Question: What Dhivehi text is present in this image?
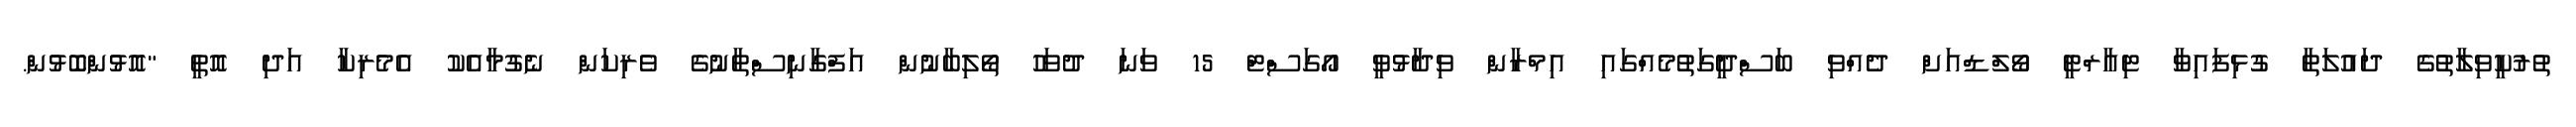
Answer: ތުރުކީވިލާތުގެ ދައުލަތާ ގުޅިފައިވާ ޓިއާރްޓީ ވޯލްޑްއަށް ދެއްވި ބަސްދީގަތުމެއްގައި އިމްރާން ވިދާޅުވީ އޯގަސްޓް 15 ވަނަ ދުވަހު ތޯލިބާނުން އަފްގާނިސްތާނުގެ ވެރިކަން ނެގުމާއެކު އެމެރިކާ އަދި އޮތީ "އޮޅުންބޮޅުން.